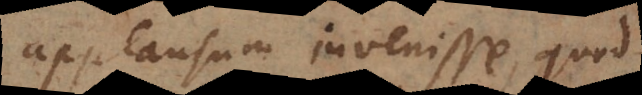
applausum invenisse, quod